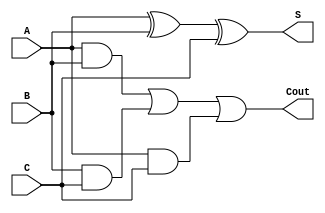
module CSA_cell(
    input wire A,
    input wire B,
    input wire C,
    output wire S,
    output wire Cout
);
    // Sum output S is obtained using XOR
    assign S = A ^ B ^ C;
    // Carry output Cout is obtained using AND and OR operations
    assign Cout = (A & B) | (B & C) | (A & C);
endmodule